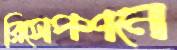
রিসেপশনে